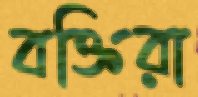
বক্তিরা